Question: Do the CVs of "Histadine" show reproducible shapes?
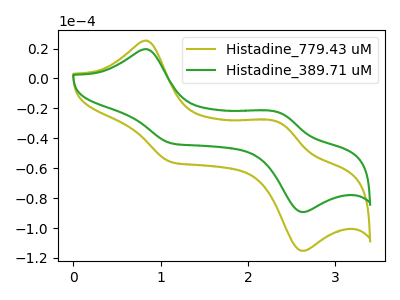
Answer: <think>The olive curve "Histadine_779.43 uM" has anodic peaks at (0.85V, 25.30uA) (2.35V, -29.45uA) and cathodic peaks at (1.10V, -55.95uA) (2.65V, -115.20uA). The green curve "Histadine_389.71 uM" has anodic peaks at (0.85V, 19.60uA) (2.35V, -22.80uA) and cathodic peaks at (1.10V, -43.35uA) (2.65V, -89.30uA).
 All the peaks in "Histadine_779.43 uM" have a peak in "Histadine_389.71 uM" at the same potential.</think>
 <answer>All the CV's of "Histadine" have similar shape.</answer>
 <eval>follow_rule</eval>